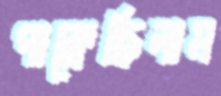
পাক্‌লেছিলাম